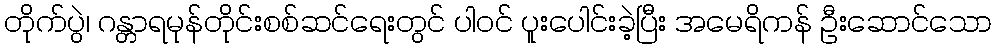
တိုက်ပွဲ၊ ဂန္တာရမုန်တိုင်းစစ်ဆင်ရေးတွင် ပါဝင် ပူးပေါင်းခဲ့ပြီး အမေရိကန် ဦးဆောင်သော